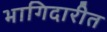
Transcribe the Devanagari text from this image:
भागिदारीत